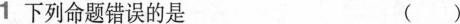
1下列命题错误的是 ()